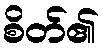
စိတ်၏